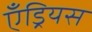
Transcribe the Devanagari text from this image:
एँड्रियस